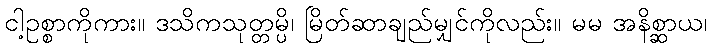
ငါ့ဥစ္စာကိုကား။ ဒသိကသုတ္တမ္ပိ၊ မြိတ်ဆာချည်မျှင်ကိုလည်း။ မမ အနိစ္ဆာယ၊